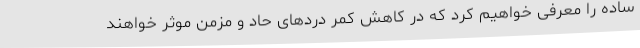
ساده را معرفی خواهیم کرد که در کاهش کمر دردهای حاد و مزمن موثر خواهند